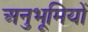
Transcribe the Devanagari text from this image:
अनुभूमियों